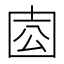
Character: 𡇛